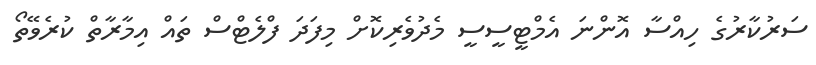
ސަރުކާރުގެ ހިއްސާ އޮންނަ އެމްޓީސީސީ މެދުވެރިކޮށް މިފަދަ ފްލެޓްސް ތައް އިމާރާތް ކުރެވޭތޯ